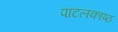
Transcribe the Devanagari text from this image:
पाटलकाष्ठ